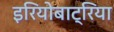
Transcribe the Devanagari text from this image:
इरियोबाट्रिया